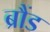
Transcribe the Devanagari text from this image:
ब्रौंड